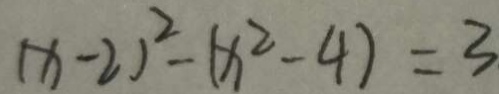
( x - 2 ) ^ { 2 } - ( x ^ { 2 } - 4 ) = 3